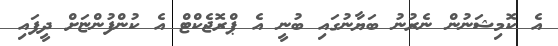
އެ ކޮމިޝަނުން ނެރުނު ބަޔާނުގައި ބުނީ އެ ޕްރޮޖެކްޓް އެ ކުންފުންޏަށް ދީފައި